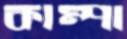
কাম্পা